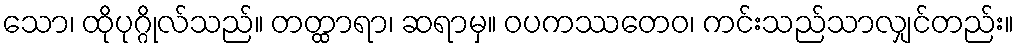
သော၊ ထိုပုဂ္ဂိုလ်သည်။ တတ္ထာရာ၊ ဆရာမှ။ ဝပကဿတေဝ၊ ကင်းသည်သာလျှင်တည်း။